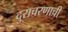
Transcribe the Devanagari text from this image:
दुराचरणाची